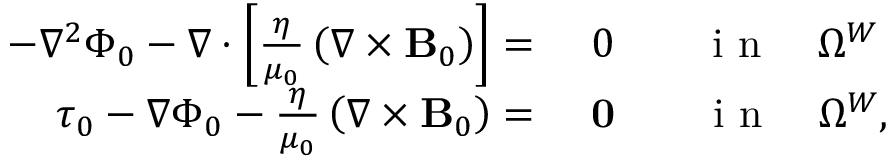
\begin{array} { r l } { - \nabla ^ { 2 } \Phi _ { 0 } - \nabla \cdot \left[ \frac { \eta } { \mu _ { 0 } } \left( \nabla \times { \mathbf B _ { 0 } } \right) \right] = } & { { } ~ 0 \qquad \mathrm { ~ i ~ n ~ } \quad \Omega ^ { W } } \\ { \boldsymbol { \tau } _ { 0 } - \nabla \Phi _ { 0 } - \frac { \eta } { \mu _ { 0 } } \left( \nabla \times { \mathbf B _ { 0 } } \right) = } & { { } ~ \mathbf { 0 } \qquad \mathrm { ~ i ~ n ~ } \quad \Omega ^ { W } , } \end{array}